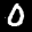
Label: 0